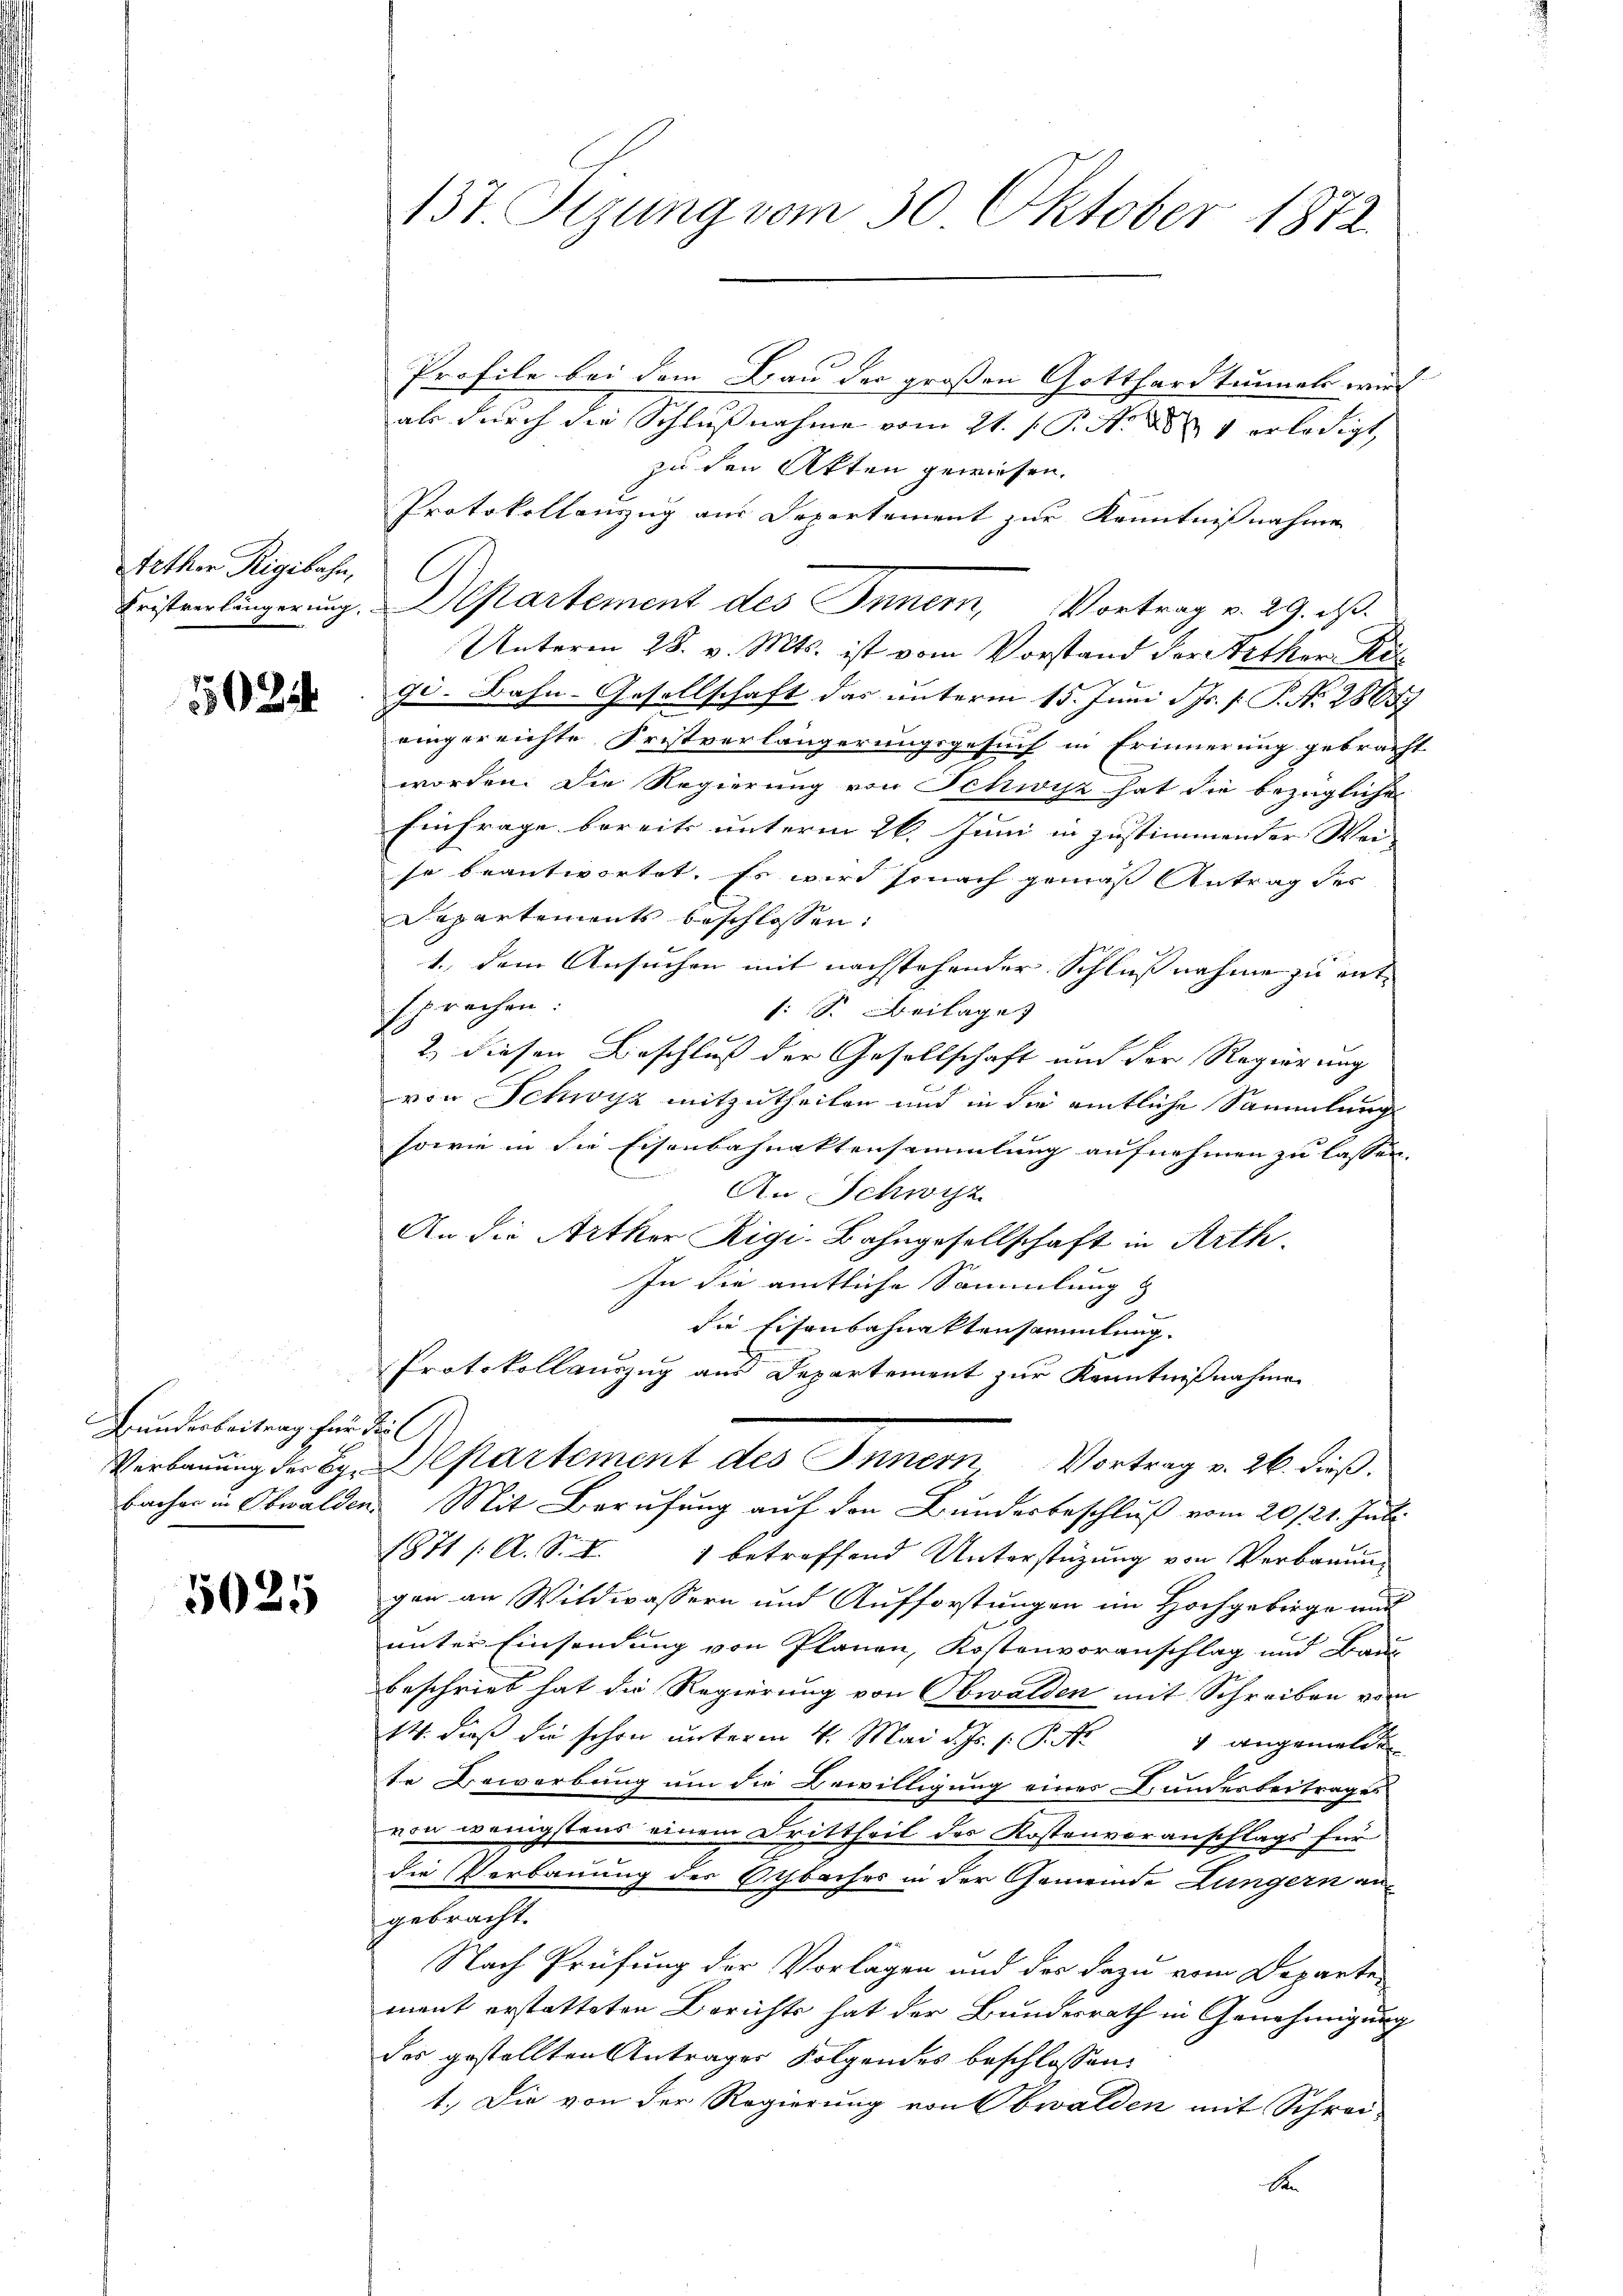
tethen Rigibahn,

1502

Grunderbeitrag für die

5025

Profile bei dem Frau der großen Gotthardtunneli wur
als durch die Schlußnahme vom 21. J. P. Nr. 288 n 1 erledigt,
zu den Akten gewiesen.
Protokollanzug aus Departement zur Kenntnißnahme
Fristverlängerung. Departement des Innern, Vortrag v. 29. ds.
Unterm 28. v. Mts. ist vom Vorstand der Kither Ri
gi. Bahn-Gesellschaft das unterm 15. Juni d. Js. [ P. Nr. 28057
eingereichte Fristverlängerungsgesuch in Erinnerung gebracht
worden. Die Regierung von Schwyz hat die bezügliche
Einfrage bereits unterm 26. Juni in zustimmender Wei-
se beantwortet. Es wird sonach gemäss Antrag der
Departements beschlossen:
1., dem Ansuchen mit nachstehender Schlußnahme zu entsprechen:
f: S. Beilage
2) diesen Beschluß der Gesellschaft und der Regierung
von Schwyz mitzutheilen und in die amtliche Sammlungs
sowie in die Eisenbahnaktensammlung aufnehmen zu lassen.
An Schwyz
An die Artker Rigi-Bahngesellschaft in Arth.
In die amtliche Sammlung
die Eisenbahnaktensammlung.
Protokollauszug aus Departement zur Kenntnißnahme
Verbauung des B. kartement des Innern Vortrag v. 26. dieß,
bacher in Obwalden. Mit Berufung auf den Bundesbeschluß vom 20./21. Juli
1871 /: A. S. S. 1 betreffend Unterstüzung von Verbauung
gen an Wildwassern und Aufforstungen im Hochgebirge auf
unter Einsendung von Planen, Kostenvoranschlag und Bau
beschrieb hat die Regierung von Obwalden mit Schreiben vom
14. dieß die schon unterm 4. Mai d. Js. p. P. Nr. 4 angemelde
te Bewerbung um die Bewilligung eines Bundesbeitrages
von wenigstens einem Drittheil des Kostenvoranschlags für
die Verbauung der Ochbaches in der Gemeinde Lungern angebracht.
Nach Prüfung der Vorlagen und des dazu vom Departe
mant erstatteten Berichts hat der Bundesrath in Genehmigung
des gestellten Antrages Folgendes beschlossen:
1.) Die von der Regierung von Obwalden mit Schrei-
A

137. Sizung vom 30. Oktober 1872